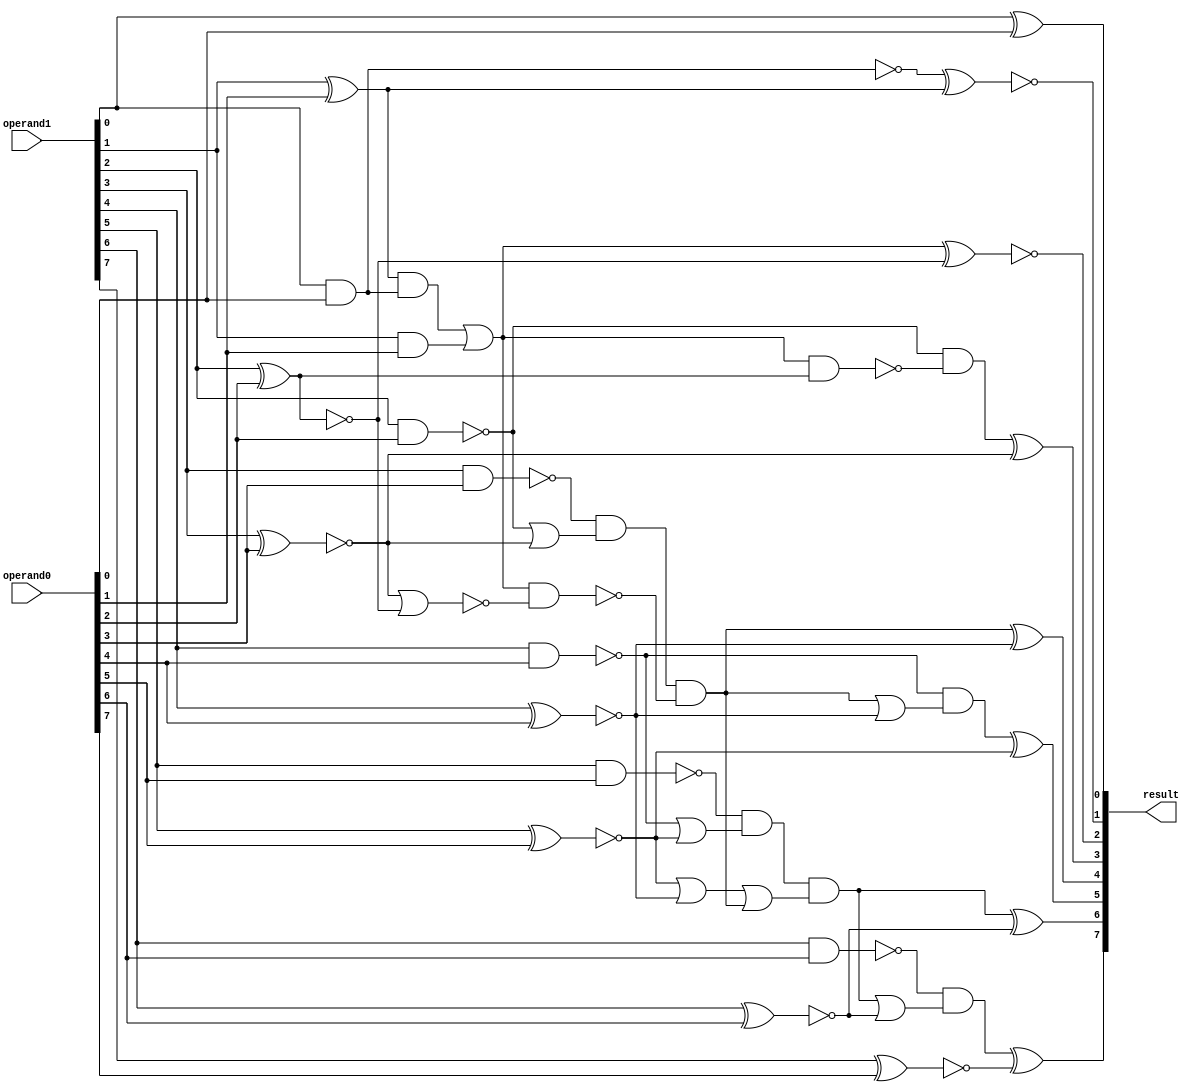
/* Generated by Yosys 0.12+36 (git sha1 60c3ea367, clang 10.0.0-4ubuntu1 -fPIC -Os) */

(* src = "adder.v:3.1-11.10" *)
module adder_reference(operand0, operand1, result);
  wire _00_;
  wire _01_;
  wire _02_;
  wire _03_;
  wire _04_;
  wire _05_;
  wire _06_;
  wire _07_;
  wire _08_;
  wire _09_;
  wire _10_;
  wire _11_;
  wire _12_;
  wire _13_;
  wire _14_;
  wire _15_;
  wire _16_;
  wire _17_;
  wire _18_;
  wire _19_;
  wire _20_;
  wire _21_;
  wire _22_;
  wire _23_;
  wire _24_;
  wire _25_;
  wire _26_;
  wire _27_;
  wire _28_;
  wire _29_;
  wire _30_;
  wire _31_;
  (* src = "adder.v:4.17-4.25" *)
  input [7:0] operand0;
  (* src = "adder.v:5.17-5.25" *)
  input [7:0] operand1;
  (* src = "adder.v:6.18-6.24" *)
  output [7:0] result;
  assign _00_ = operand1[1] ^ operand0[1];
  assign _01_ = ~(operand1[0] & operand0[0]);
  assign result[1] = ~(_01_ ^ _00_);
  assign _02_ = ~(operand1[2] ^ operand0[2]);
  assign _03_ = operand1[1] & operand0[1];
  assign _04_ = _00_ & ~(_01_);
  assign _05_ = _04_ | _03_;
  assign result[2] = ~(_05_ ^ _02_);
  assign _06_ = ~(operand1[3] ^ operand0[3]);
  assign _07_ = ~(operand1[2] & operand0[2]);
  assign _08_ = _05_ & ~(_02_);
  assign _09_ = _07_ & ~(_08_);
  assign result[3] = _09_ ^ _06_;
  assign _10_ = ~(operand1[4] ^ operand0[4]);
  assign _11_ = ~(operand1[3] & operand0[3]);
  assign _12_ = ~(_07_ | _06_);
  assign _13_ = _11_ & ~(_12_);
  assign _14_ = _06_ | _02_;
  assign _15_ = _05_ & ~(_14_);
  assign _16_ = _13_ & ~(_15_);
  assign result[4] = _16_ ^ _10_;
  assign _17_ = ~(operand1[5] ^ operand0[5]);
  assign _18_ = ~(operand1[4] & operand0[4]);
  assign _19_ = ~(_16_ | _10_);
  assign _20_ = _18_ & ~(_19_);
  assign result[5] = _20_ ^ _17_;
  assign _21_ = ~(operand1[6] ^ operand0[6]);
  assign _22_ = ~(operand1[5] & operand0[5]);
  assign _23_ = ~(_18_ | _17_);
  assign _24_ = _22_ & ~(_23_);
  assign _25_ = _17_ | _10_;
  assign _26_ = ~(_25_ | _16_);
  assign _27_ = _24_ & ~(_26_);
  assign result[6] = _27_ ^ _21_;
  assign _28_ = ~(operand1[7] ^ operand0[7]);
  assign _29_ = ~(operand1[6] & operand0[6]);
  assign _30_ = ~(_27_ | _21_);
  assign _31_ = _29_ & ~(_30_);
  assign result[7] = _31_ ^ _28_;
  assign result[0] = operand1[0] ^ operand0[0];
endmodule